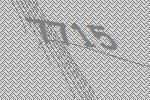
7715